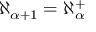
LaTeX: \aleph _ { \alpha + 1 } = \aleph _ { \alpha } ^ { + }